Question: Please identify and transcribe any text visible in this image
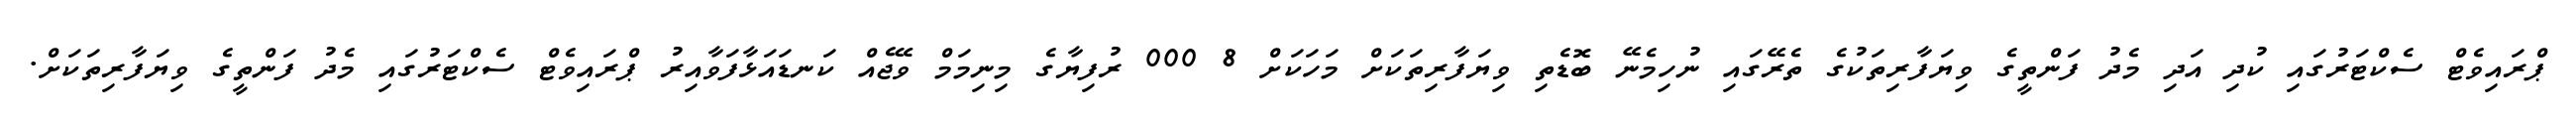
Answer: ޕްރައިވެޓް ސެކްޓަރުގައި ކުދި އަދި މެދު ފަންތީގެ ވިޔަފާރިތަކުގެ ތެރޭގައި ނުހިމެނޭ ބޮޑެތި ވިޔަފާރިތަކަށް މަހަކަށް 8 000 ރުފިޔާގެ މިނިމަމް ވޭޖެއް ކަނޑައަޅާފަވާއިރު ޕްރައިވެޓް ސެކްޓަރުގައި މެދު ފަންތީގެ ވިޔަފާރިތަކަށް.